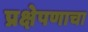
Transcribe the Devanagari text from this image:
प्रक्षेपणाचा